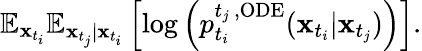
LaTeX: \begin{array}{r}{\mathbb{E}_{\mathbf{x}_{t_{i}}}\mathbb{E}_{\mathbf{x}_{t_{j}}|\mathbf{x}_{t_{i}}}\left[\log\left(p_{t_{i}}^{{t_{j}}\, ,\mathrm{ODE}}(\mathbf{x}_{t_{i}}|\mathbf{x}_{t_{j}})\right)\right].}\end{array}